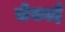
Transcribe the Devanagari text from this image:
लेकाई